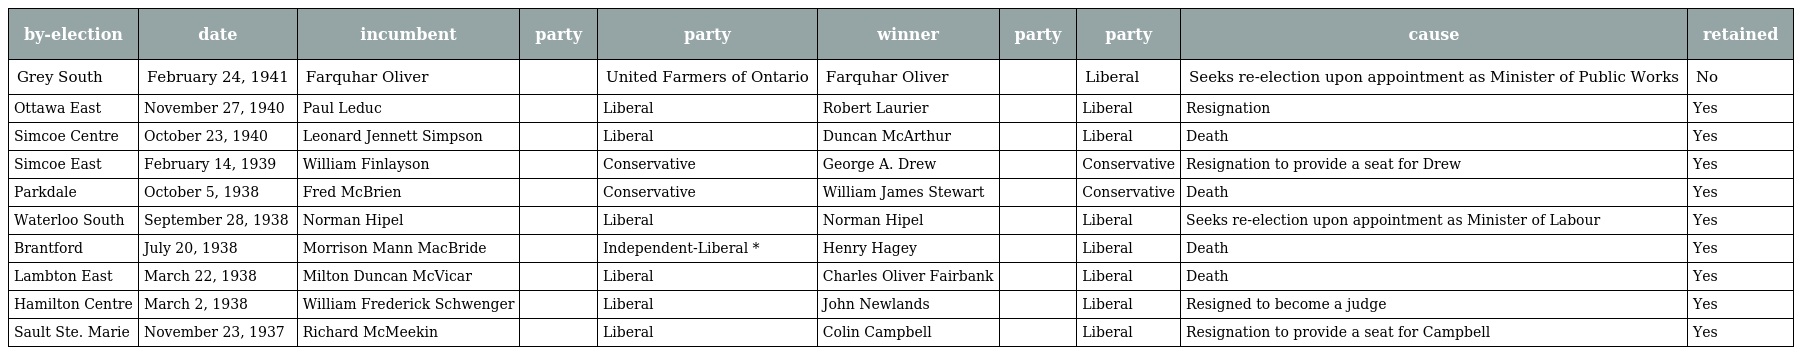
| by-election | date | incumbent | party | party | winner | party | party | cause | retained |
 | --- | --- | --- | --- | --- | --- | --- | --- | --- | --- |
 | Grey South | February 24, 1941 | Farquhar Oliver |  | United Farmers of Ontario | Farquhar Oliver |  | Liberal | Seeks re-election upon appointment as Minister of Public Works | No |
 | Ottawa East | November 27, 1940 | Paul Leduc |  | Liberal | Robert Laurier |  | Liberal | Resignation | Yes |
 | Simcoe Centre | October 23, 1940 | Leonard Jennett Simpson |  | Liberal | Duncan McArthur |  | Liberal | Death | Yes |
 | Simcoe East | February 14, 1939 | William Finlayson |  | Conservative | George A. Drew |  | Conservative | Resignation to provide a seat for Drew | Yes |
 | Parkdale | October 5, 1938 | Fred McBrien |  | Conservative | William James Stewart |  | Conservative | Death | Yes |
 | Waterloo South | September 28, 1938 | Norman Hipel |  | Liberal | Norman Hipel |  | Liberal | Seeks re-election upon appointment as Minister of Labour | Yes |
 | Brantford | July 20, 1938 | Morrison Mann MacBride |  | Independent-Liberal * | Henry Hagey |  | Liberal | Death | Yes |
 | Lambton East | March 22, 1938 | Milton Duncan McVicar |  | Liberal | Charles Oliver Fairbank |  | Liberal | Death | Yes |
 | Hamilton Centre | March 2, 1938 | William Frederick Schwenger |  | Liberal | John Newlands |  | Liberal | Resigned to become a judge | Yes |
 | Sault Ste. Marie | November 23, 1937 | Richard McMeekin |  | Liberal | Colin Campbell |  | Liberal | Resignation to provide a seat for Campbell | Yes |